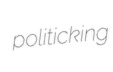
politicking